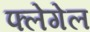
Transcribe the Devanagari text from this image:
फ्लेगेल